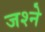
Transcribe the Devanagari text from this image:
जश्ने